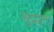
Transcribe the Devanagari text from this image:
सुद्र्ढ्ता